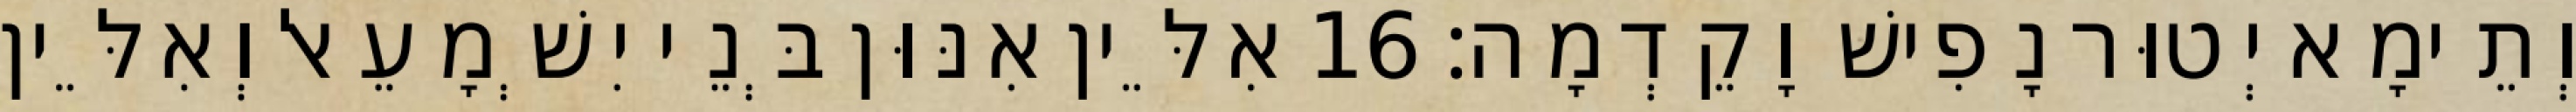
וְתֵימָא יְטוּר נָפִישׁ וָקֵדְמָה׃ 16 אִלֵּין אִנּוּן בְּנֵי יִשְׁמָעֵאל וְאִלֵּין